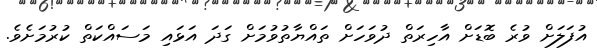
އުފަލަށް ވުރެ ބޮޑަށް އާހިރަތް ދުވަހަށް ތައްޔާތުވުމަށް ގަދަ އަޅައި މަސައްކަތް ކުރުމަށެވެ.